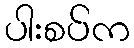
ပါးစပ်က